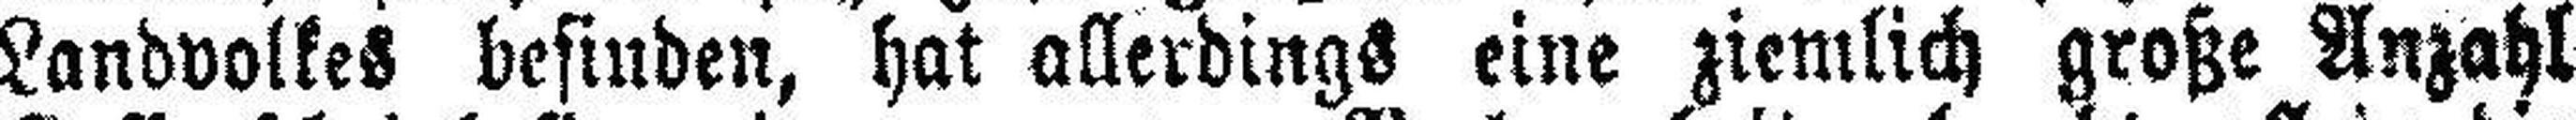
Landvolkes befinden, hat allerdings eine ziemlich große Anzahl